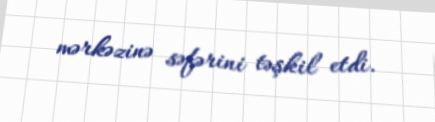
mərkəzinə səfərini təşkil etdi.